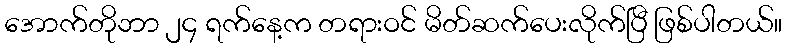
အောက်တိုဘာ ၂၄ ရက်နေ့က တရားဝင် မိတ်ဆက်ပေးလိုက်ပြီ ဖြစ်ပါတယ်။